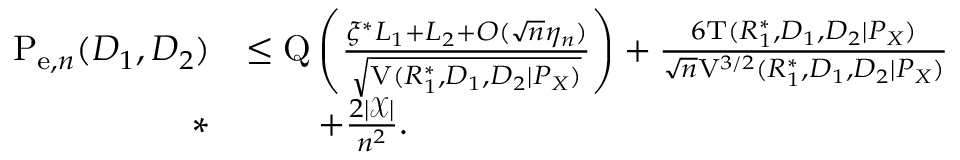
\begin{array} { r l } { \mathrm { P } _ { \mathrm { e } , n } ( D _ { 1 } , D _ { 2 } ) } & { \leq \mathrm { Q } \left( \frac { \xi ^ { * } L _ { 1 } + L _ { 2 } + O ( \sqrt { n } \eta _ { n } ) } { \sqrt { \mathrm { V } ( R _ { 1 } ^ { * } , D _ { 1 } , D _ { 2 } | P _ { X } ) } } \right) + \frac { 6 \mathrm { T } ( R _ { 1 } ^ { * } , D _ { 1 } , D _ { 2 } | P _ { X } ) } { \sqrt { n } \mathrm { V } ^ { 3 / 2 } ( R _ { 1 } ^ { * } , D _ { 1 } , D _ { 2 } | P _ { X } ) } } \\ { * } & { \qquad + \frac { 2 | \mathcal { X } | } { n ^ { 2 } } . } \end{array}